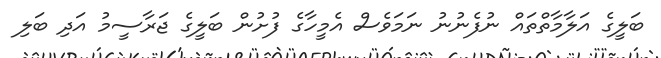
ބަލީގެ އަލާމާތްތައް ނުފެނުނު ނަމަވެސް އެމީހާގެ ފުށުން ބަލީގެ ޖަރާސީމު އަދި ބަލި